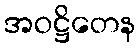
အဝဋ္ဌိတေန